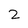
Character: 2